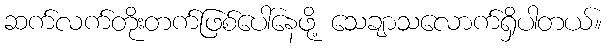
ဆက်လက်တိုးတက်ဖြစ်ပေါ်နေဖို့ သေချာသလောက်ရှိပါတယ်။